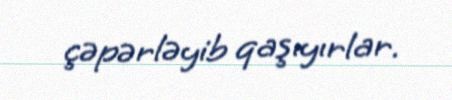
çəpərləyib qaşıyırlar.